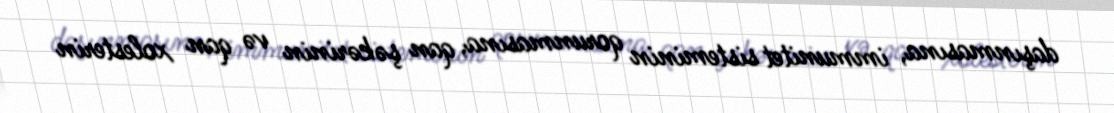
daşınmasına, immunitet sisteminin qorunmasına, qan şəkərinin və qan xolesterin